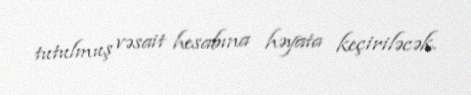
tutulmuş vəsait hesabına həyata keçiriləcək.